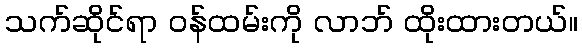
သက်ဆိုင်ရာ ဝန်ထမ်းကို လာဘ် ထိုးထားတယ်။